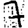
Digit: 7